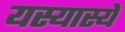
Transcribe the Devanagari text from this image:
यस्यास्ये